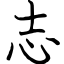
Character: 志